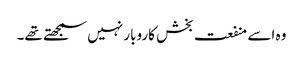
وہ اسے منفعت بخش کاروبار نہیں سمجھتے تھے۔